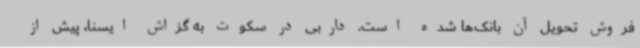
فروش تحویل آن بانک‌ها شده است. داربی در سکوت به گزاش ایسنا، پیش از